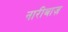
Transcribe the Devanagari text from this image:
नारीबाज़